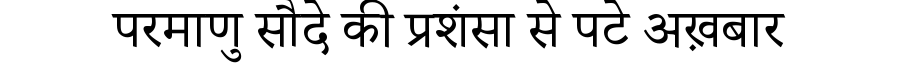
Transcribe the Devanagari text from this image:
परमाणु सौदे की प्रशंसा से पटे अख़बार